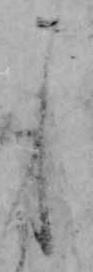
し